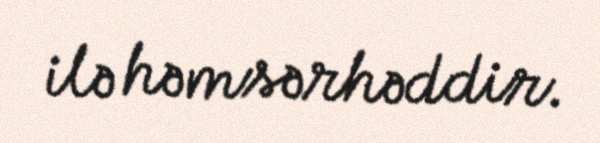
ilə həmsərhəddir.